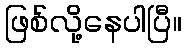
ဖြစ်လို့နေပါပြီ။